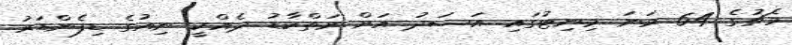
މެޗުގެ 64 ވަނަ މިނިޓުގައި އަސަދު އަށް ރަތްކާޑު ދެއްކީ ނިއުގެ ޑިފެންޑަރު